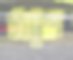
মার